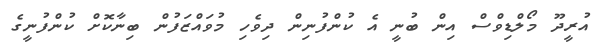
އުރީދޫ މޯލްޑިވްސް އިން ބުނީ އެ ކުންފުނިން ދިވެހި މުވައްޒަފުން ބިނާކޮށް ކުންފުނީގެ